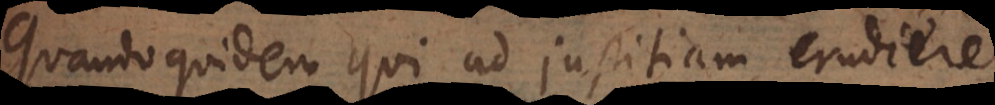
quandoquidem qui ad justitiam erudiere